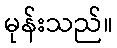
မုန်းသည်။